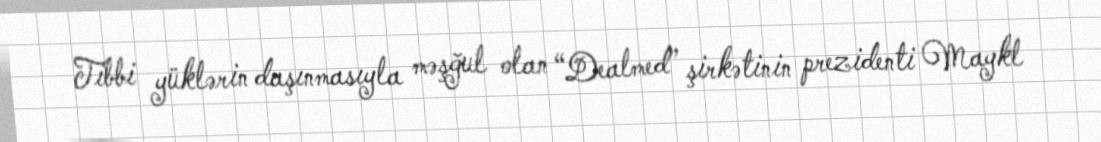
Tibbi yüklərin daşınmasıyla məşğul olan “Dealmed” şirkətinin prezidenti Maykl